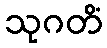
သုဂတိံ